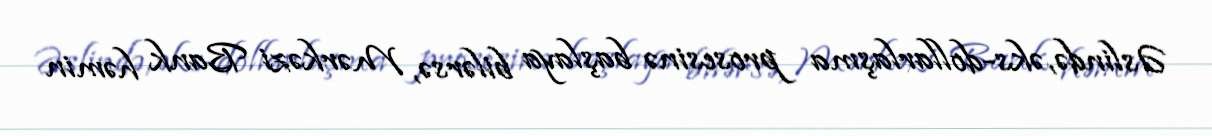
Əslində, əks-dollarlaşma prosesinə başlaya bilərsə, Mərkəzi Bank həmin